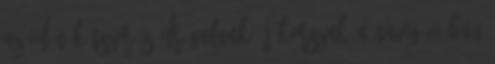
az idén kétszer is drágulnak Új korszak a navigációban